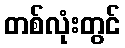
တစ်လုံးတွင်